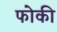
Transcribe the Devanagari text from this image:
फोकी